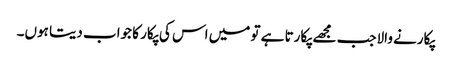
پکارنے والاجب مجھے پکارتا ہے تو میں اس کی پکار کا جواب دیتا ہوں۔